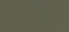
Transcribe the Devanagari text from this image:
फ्रीज़नों